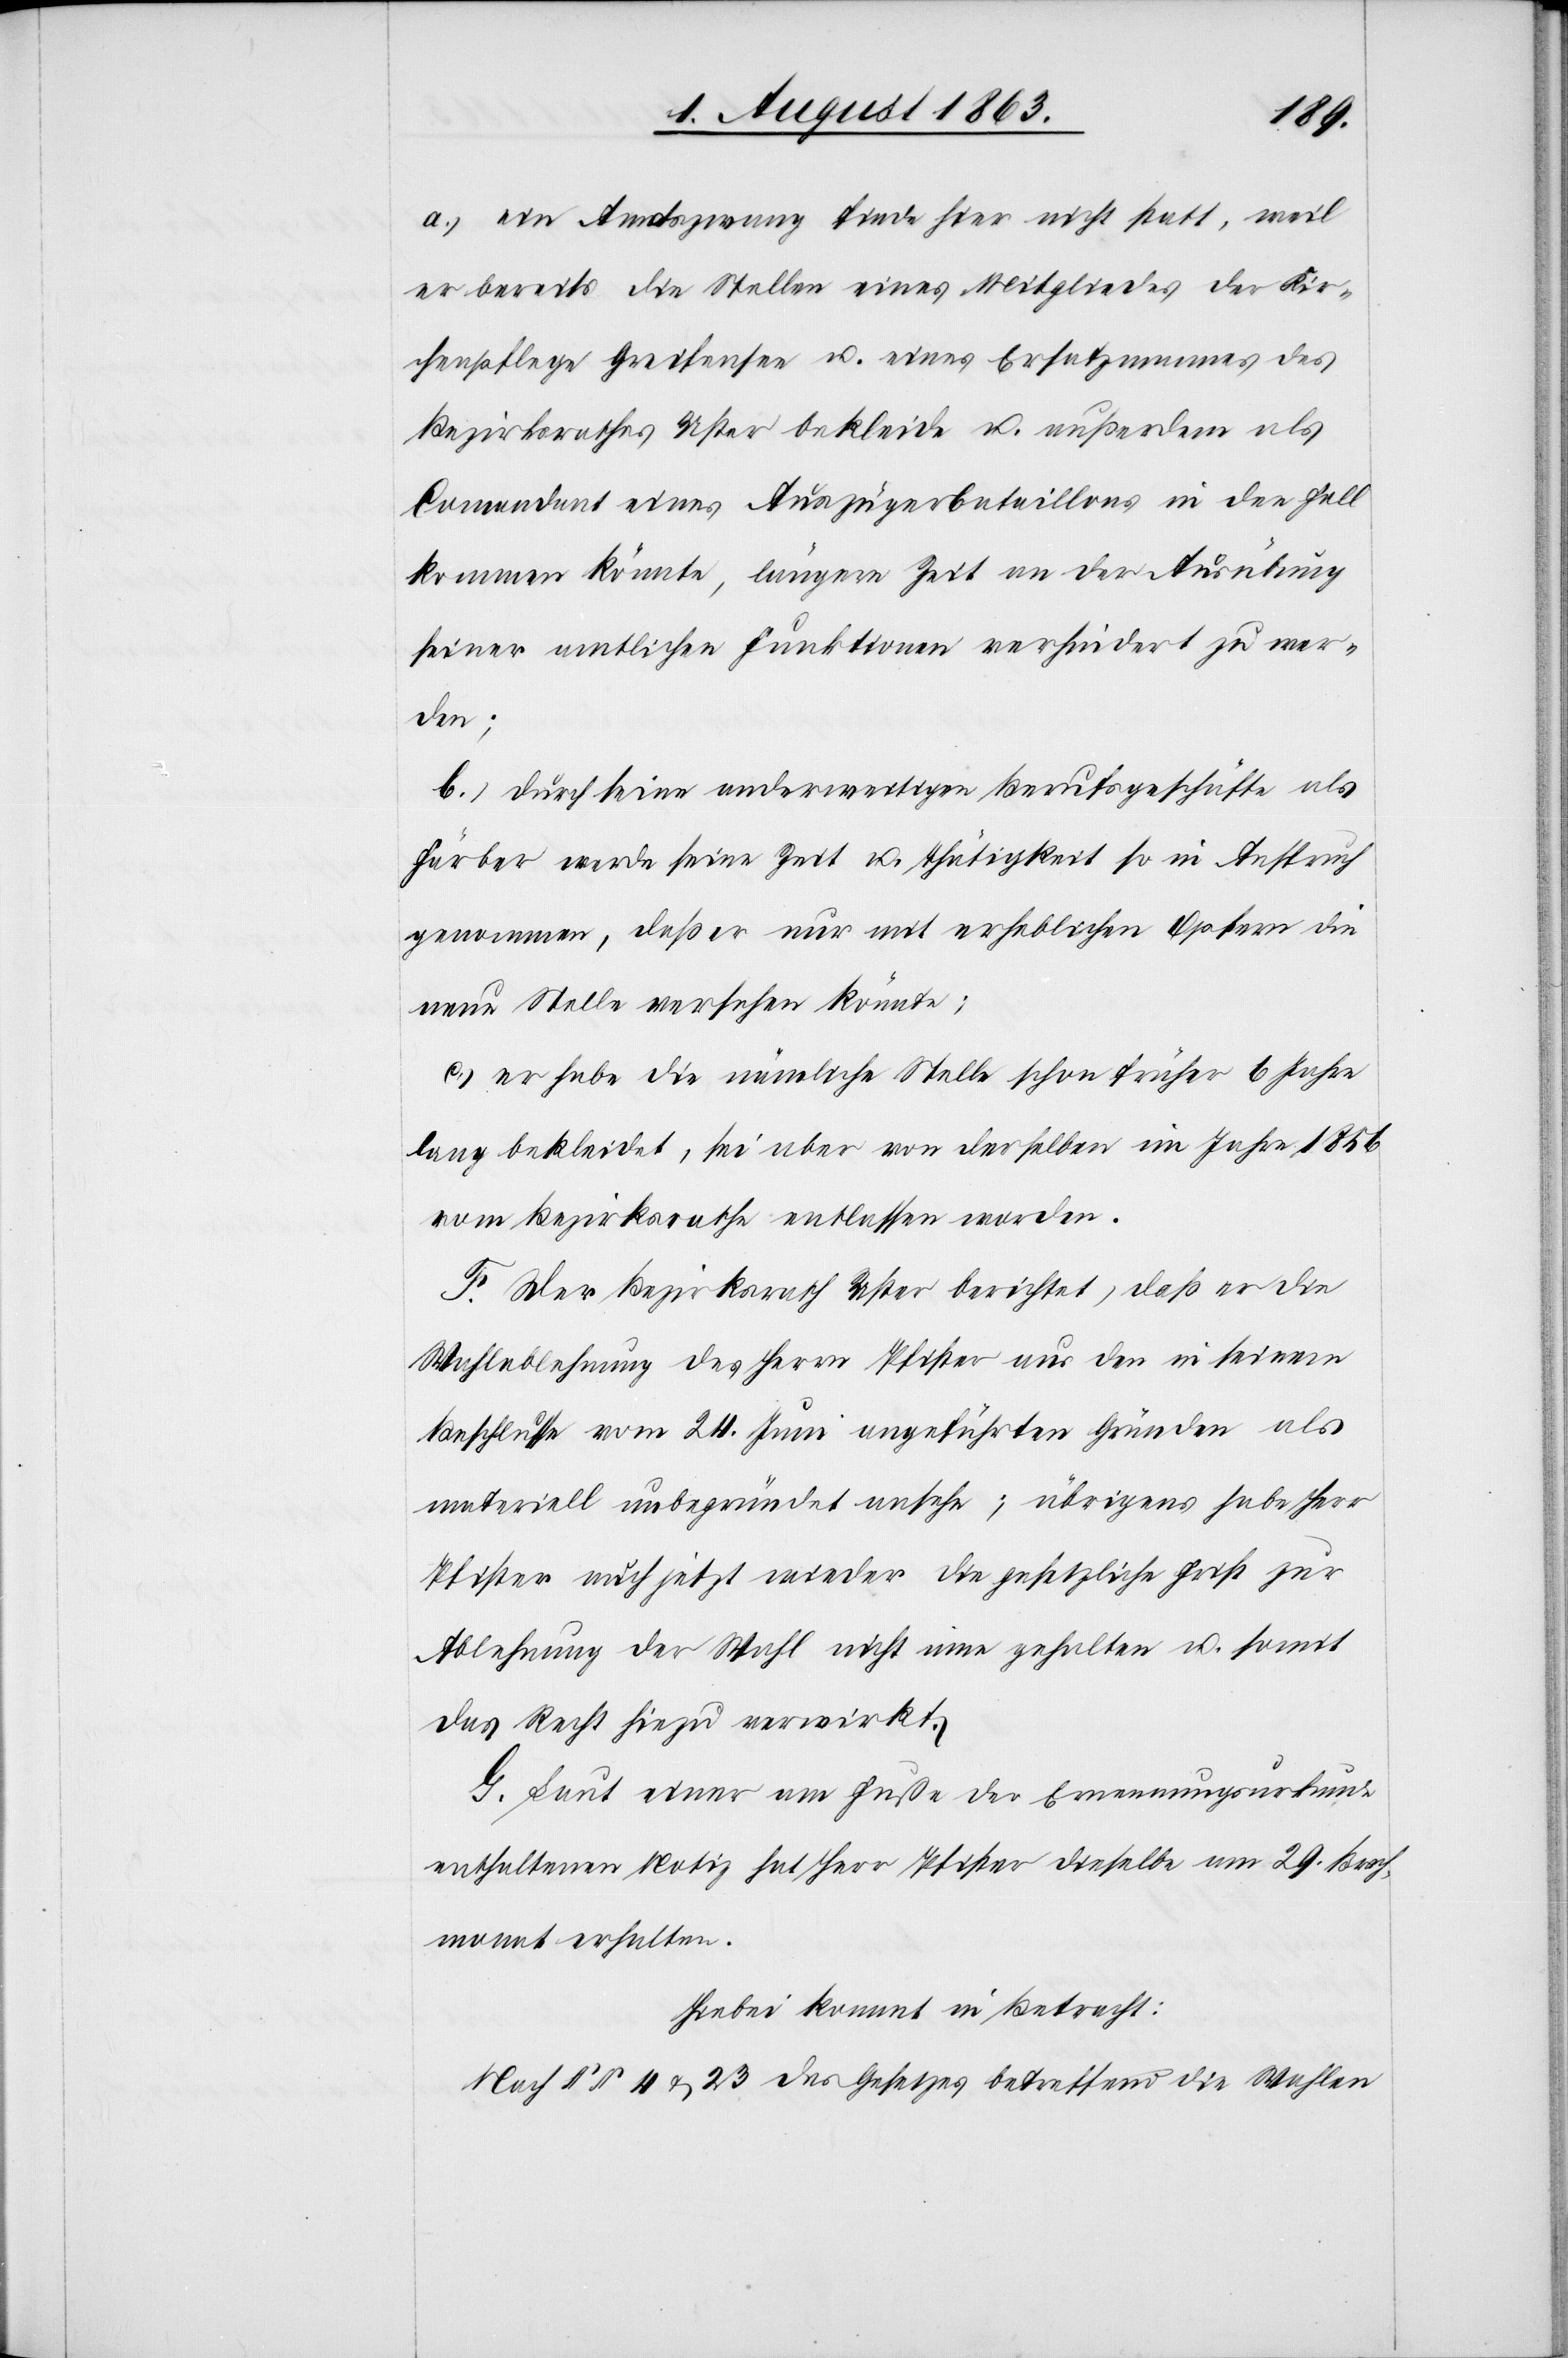
a.) ein Amtszwang finde hier nicht statt, weil
er bereits die Stellen eines Mitgliedes der Kir¬
chenpflege Greifensee u. eines Ersatzmannes des
Bezirksrathes Uster bekleide u. außerdem als
Comandant eines Auszügerbataillons in den Fall
kommen könnte, längere Zeit an der Ausübung
seiner amtlichen Funktionen verhindert zu wer¬
den;
b.) durch seine anderweitigen Berufsgeschäfte als
Färber werde seine Zeit u. Thätigkeit so in Anspruch
genommen, daß er nur mit erheblichen Opfern die
neue Stelle versehen könnte;
c.) er habe die nämliche Stelle schon früher 6 Jahre
lang bekleidet; sei aber von derselben im Jahre 1856
vom Bezirksrathe entlassen worden.
F. Der Bezirksrath Uster berichtet, daß er die
Wahlablehnung des Herrn Pfister aus den in seinem
Beschlusse vom 24. Juni angeführten Gründen als
materiell unbegründet ansehe; übrigens habe Herr
Pfister auch jetzt wieder die gesetzliche Frist zur
Ablehnung der Wahl nicht inne gehalten u. somit
das Recht hiezu verwirkt.
G. Laut einer am Fuße der Ernennungsurkunde
enthaltenen Notiz hat Herr Pfister dieselbe am 29. Brach¬
monat erhalten.
Hiebei kommt in Betracht:
Nach §§ 4 & 23 des Gesetzes betreffend die Wahlen